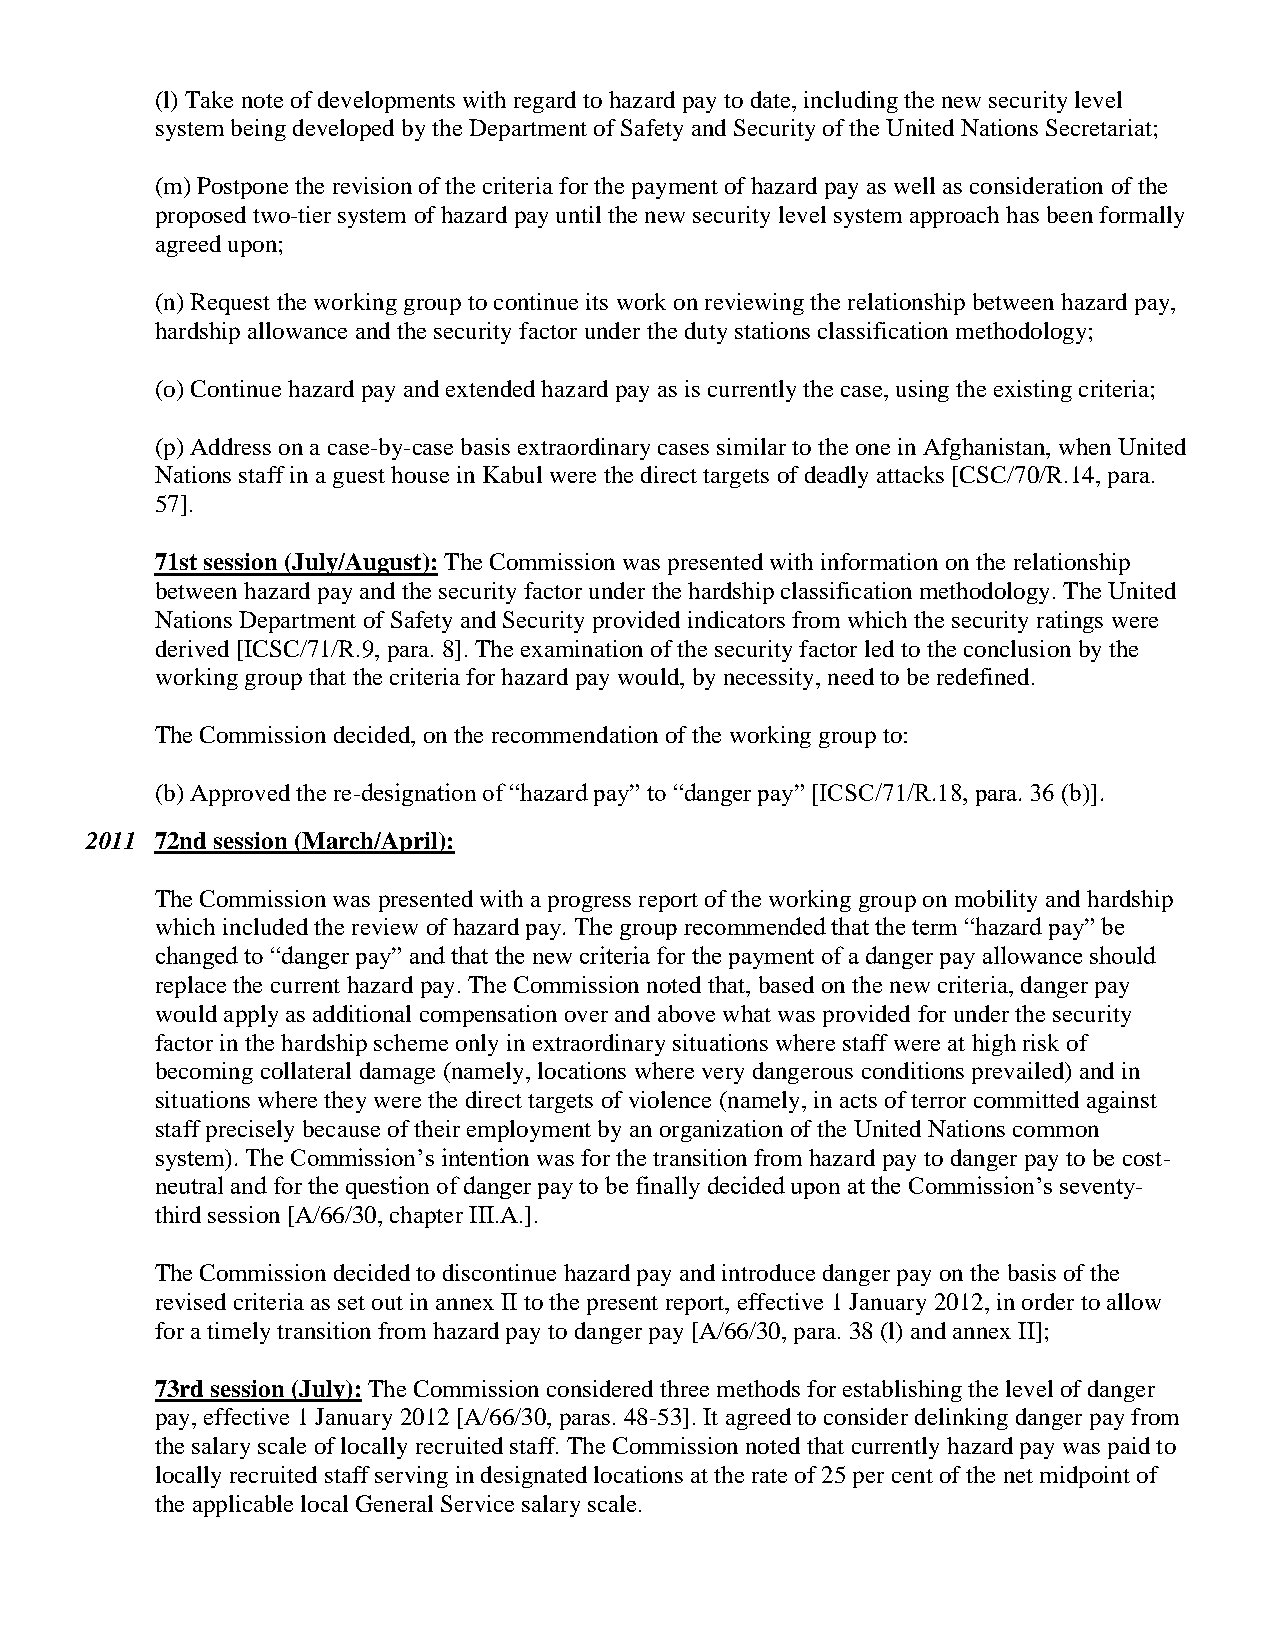
(l) Take note of developments with regard to hazard pay to date, including the new security level
 system being developed by the Department of Safety and Security of the United Nations Secretariat;
 (m) Postpone the revision of the criteria for the payment of hazard pay as well as consideration of the
 proposed two-tier system of hazard pay until the new security level system approach has been formally
 agreed upon;
 (n) Request the working group to continue its work on reviewing the relationship between hazard pay,
 hardship allowance and the security factor under the duty stations classification methodology;
 (o) Continue hazard pay and extended hazard pay as is currently the case, using the existing criteria;
 (p) Address on a case-by-case basis extraordinary cases similar to the one in Afghanistan, when United
 Nations staff in a guest house in Kabul were the direct targets of deadly attacks [CSC/70/R.14, para.
 57].
 71st session (July/August): The Commission was presented with information on the relationship
 between hazard pay and the security factor under the hardship classification methodology. The United
 Nations Department of Safety and Security provided indicators from which the security ratings were
 derived [ICSC/71/R.9, para. 8]. The examination of the security factor led to the conclusion by the
 working group that the criteria for hazard pay would, by necessity, need to be redefined.
 The Commission decided, on the recommendation of the working group to:
 (b) Approved the re-designation of “hazard pay” to “danger pay” [ICSC/71/R.18, para. 36 (b)].
 2011 72nd session (March/April):
 The Commission was presented with a progress report of the working group on mobility and hardship
 which included the review of hazard pay. The group recommended that the term “hazard pay” be
 changed to “danger pay” and that the new criteria for the payment of a danger pay allowance should
 replace the current hazard pay. The Commission noted that, based on the new criteria, danger pay
 would apply as additional compensation over and above what was provided for under the security
 factor in the hardship scheme only in extraordinary situations where staff were at high risk of
 becoming collateral damage (namely, locations where very dangerous conditions prevailed) and in
 situations where they were the direct targets of violence (namely, in acts of terror committed against
 staff precisely because of their employment by an organization of the United Nations common
 system). The Commission’s intention was for the transition from hazard pay to danger pay to be cost-
 neutral and for the question of danger pay to be finally decided upon at the Commission’s seventy-
 third session [A/66/30, chapter III.A.].
 The Commission decided to discontinue hazard pay and introduce danger pay on the basis of the
 revised criteria as set out in annex II to the present report, effective 1 January 2012, in order to allow
 for a timely transition from hazard pay to danger pay [A/66/30, para. 38 (l) and annex II];
 73rd session (July): The Commission considered three methods for establishing the level of danger
 pay, effective 1 January 2012 [A/66/30, paras. 48-53]. It agreed to consider delinking danger pay from
 the salary scale of locally recruited staff. The Commission noted that currently hazard pay was paid to
 locally recruited staff serving in designated locations at the rate of 25 per cent of the net midpoint of
 the applicable local General Service salary scale.